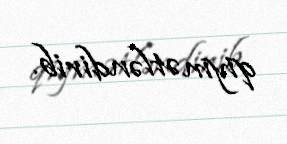
qiymətləndirib.